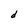
Character: d